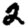
Digit: 2